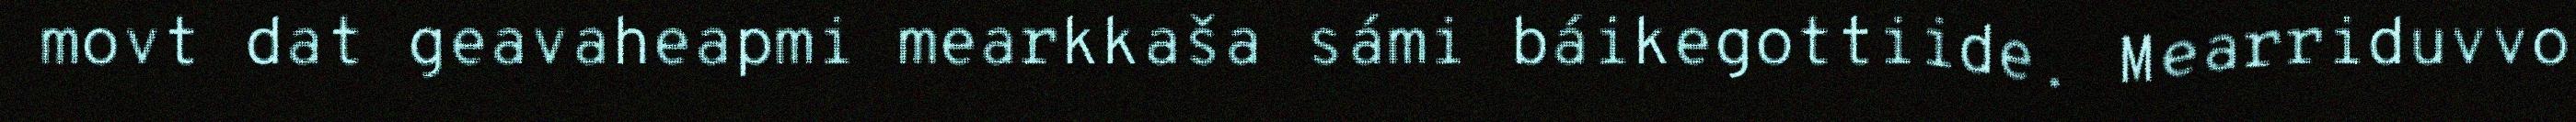
movt dat geavaheapmi mearkkaša sámi báikegottiide. Mearriduvvo